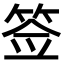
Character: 签